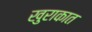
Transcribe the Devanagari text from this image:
खुराकात